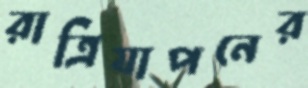
রাত্রিযাপনের